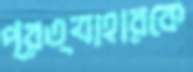
প্রত্যাহারকে